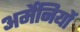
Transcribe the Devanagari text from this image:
अर्मेनियों